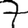
Digit: 7